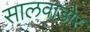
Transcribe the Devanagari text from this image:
सालवाडोर